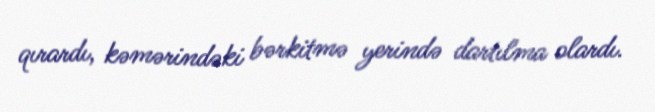
qırardı, kəmərindəki bərkitmə yerində dartılma olardı.